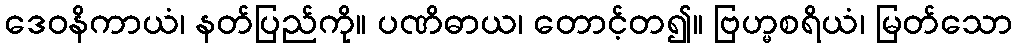
ဒေဝနိကာယံ၊ နတ်ပြည်ကို။ ပဏိဓာယ၊ တောင့်တ၍။ ဗြဟ္မစရိယံ၊ မြတ်သော